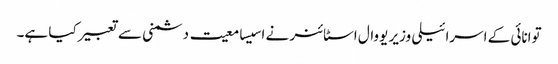
توانائی کے اسرائیلی وزیر یووال اسٹائنر نے اسیسامعیت دشمنی سے تعبیر کیا ہے۔